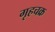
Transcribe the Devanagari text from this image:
गृहचक्र